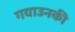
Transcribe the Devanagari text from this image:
गयाउनकी